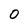
Character: 0